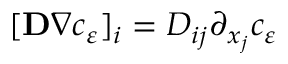
[ \mathbf D \nabla c _ { \varepsilon } ] _ { i } = D _ { i j } \partial _ { x _ { j } } c _ { \varepsilon }